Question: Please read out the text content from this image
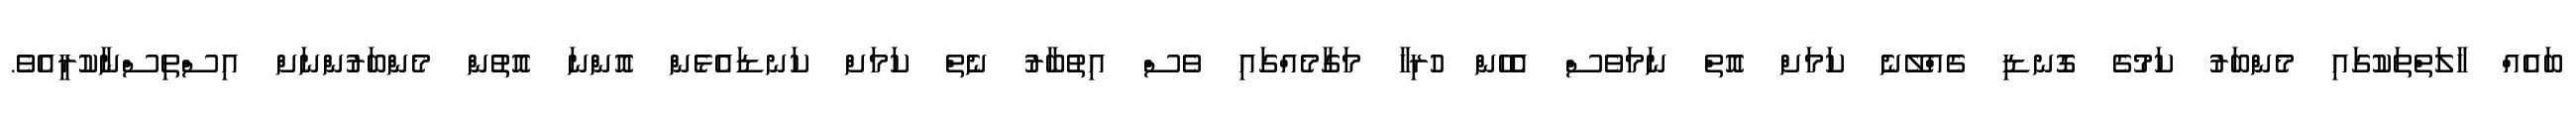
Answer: ބައެއް ހާލަތްތަކުގައި މެންބަރު ކަމުގެ ގޮނޑި ގެއްލޭނެ ކަމަށް އޮތް ނަމަވެސް އެެހެން ހުރިހާ މަގާމެއްގައި ވެސް އިތުބާރު ނެތް ކަމަށް ކަނޑައެޅެން އޮންނަ އޮތުން މެންބަރުންނަށް އިސްތިސްނާކުރީއެވެ.